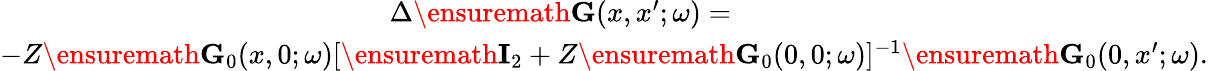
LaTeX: \begin{array}{r}{\Delta\ensuremath{\mathbf{G}}(x,x^{\prime};\omega)=\phantom{xxxxxxxxxxxxxxxxxxxxxxxxxxxxx}}\\ {-Z\ensuremath{\mathbf{G}}_{0}(x,0;\omega)[\ensuremath{\mathbf{I}}_{2}+Z\ensuremath{\mathbf{G}}_{0}(0,0;\omega)]^{-1}\ensuremath{\mathbf{G}}_{0}(0,x^{\prime};\omega).}\end{array}